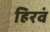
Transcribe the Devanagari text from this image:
हिरवं